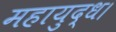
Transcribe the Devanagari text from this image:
महायुद्ध।